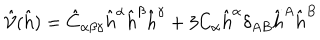
\hat { \mathcal { V } } ( \hat { h } ) = { \hat { C } } _ { \alpha \beta \gamma } { \hat { h } } ^ { \alpha } { \hat { h } } ^ { \beta } { \hat { h } } ^ { \gamma } + 3 C _ { \alpha } { \hat { h } } ^ { \alpha } \delta _ { A B } { \hat { h } } ^ { A } { \hat { h } } ^ { B }